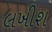
લખીશ